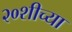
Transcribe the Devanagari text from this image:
२०शीच्या